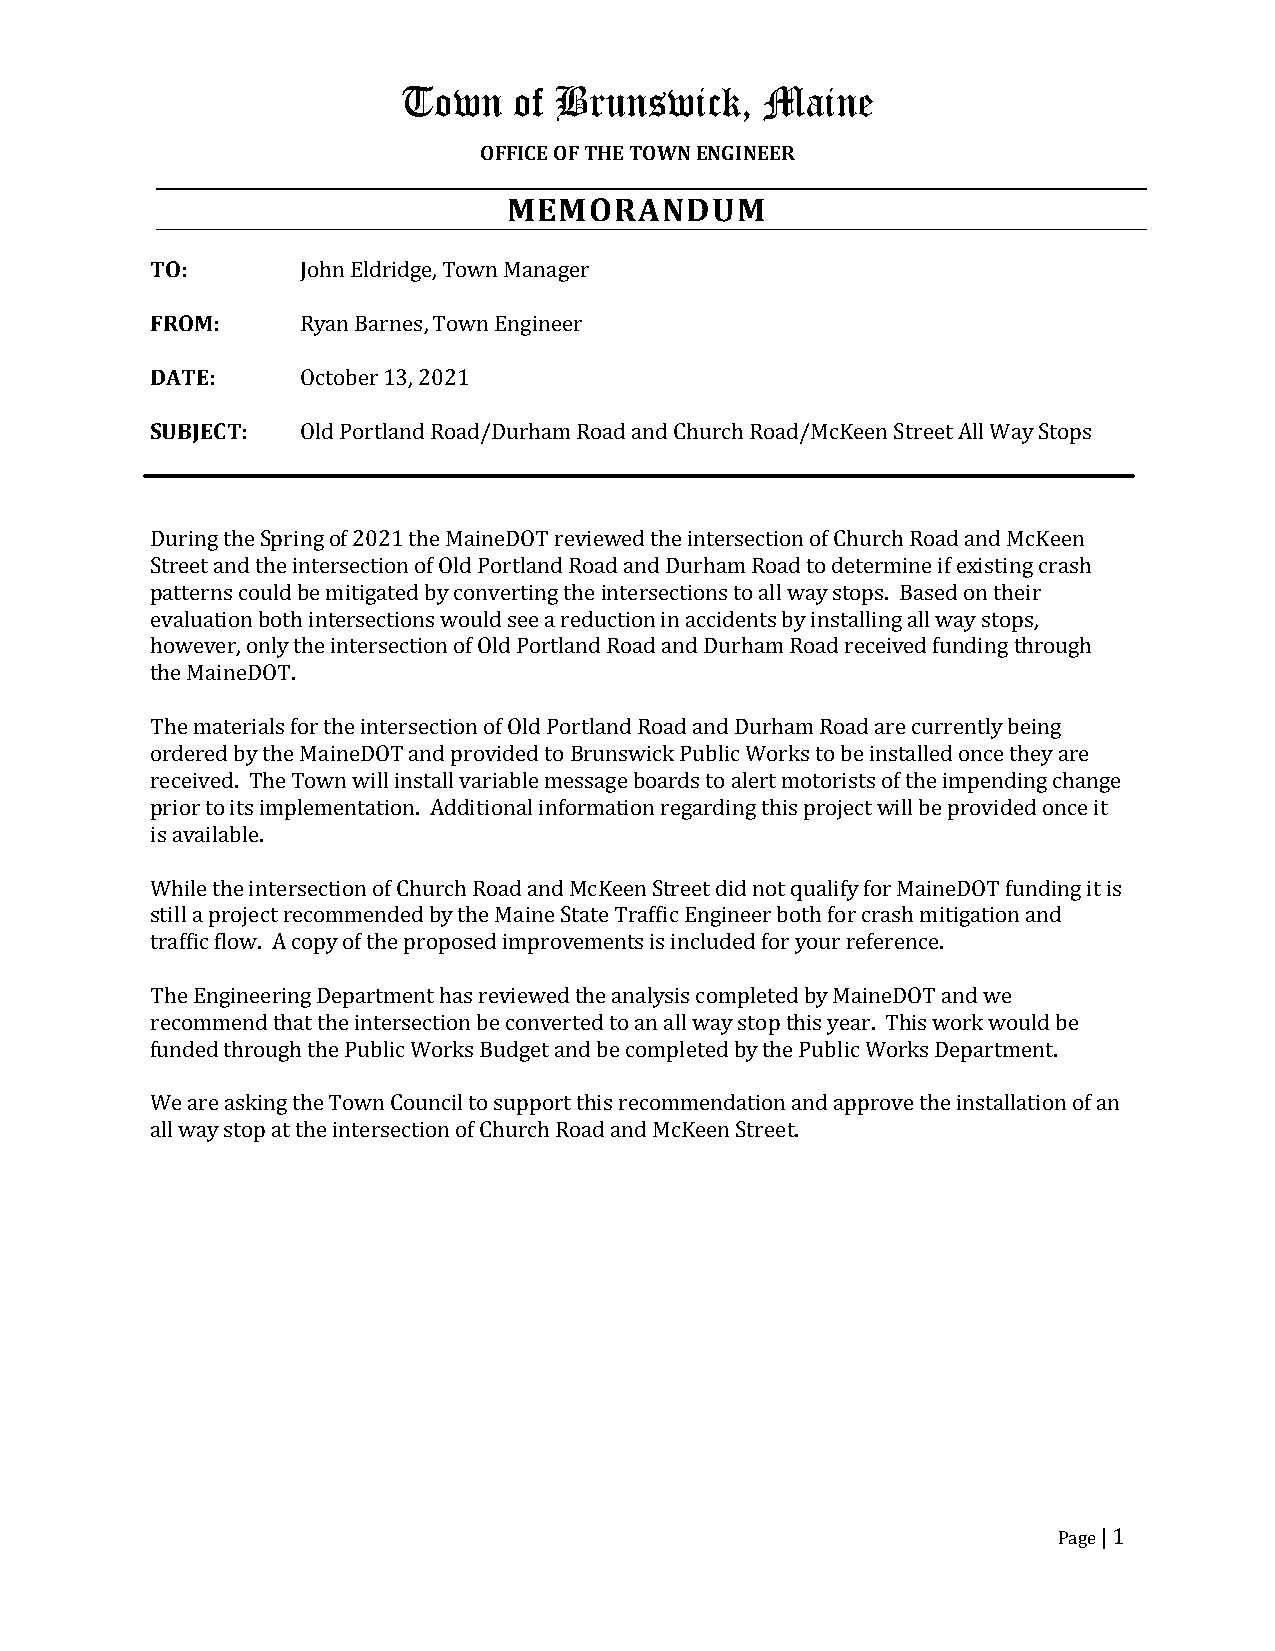
Town   of Brunswick,    Maine
 OFFICE OF THE TOWN ENGINEER
 MEMORANDUM
 TO:
 FRO M:    John Eldridge, Town Manager
 DATE:     Ryan Barnes, Town Engineer
 SUBJECT:  October 13, 2021
 Old Portland Road/Durham Road and Church Road/McKeen Street All Way Stops
 During the Spring of 2021 the MaineDOT reviewed the intersection of Church Road and McKeen
 Street and the intersection of Old Portland Road and Durham Road to determine if existing crash
 patterns could be mitigated by converting the intersections to all way stops. Based on their
 evaluation both intersections would see a reduction in accidents by installing all way stops,
 however, only the intersection of Old Portland Road and Durham Road received funding through
 the MaineDOT.
 The materials for the intersection of Old Portland Road and Durham Road are currently being
 ordered by the MaineDOT and provided to Brunswick Public Works to be installed once they are
 received. The Town will install variable message boards to alert motorists of the impending change
 prior to its implementation. Additional information regarding this project will be provided once it
 is available.
 While the intersection of Church Road and McKeen Street did not qualify for MaineDOT funding it is
 still a project recommended by the Maine State Traffic Engineer both for crash mitigation and
 traffic flow. A copy of the proposed improvements is included for your reference.
 The Engineering Department has reviewed the analysis completed by MaineDOT and we
 recommend that the intersection be converted to an all way stop this year. This work would be
 funded through the Public Works Budget and be completed by the Public Works Department.
 We are asking the Town Council to support this recommendation and approve the installation of an
 all way stop at the intersection of Church Road and McKeen Street.
 Page | 1